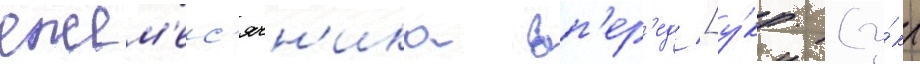
ежем'ес'ячн'ика вп'ер'ед [у́кр. (у́кр